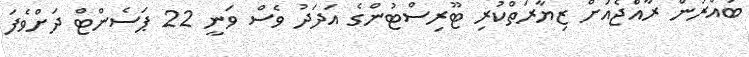
ބައްރުން ރާއްޖެއަށް ޒިޔާރަތްކުރި ޓޫރިސްޓުންގެ އަދަދު ވެސް ވަނީ 22 ޕަސެންޓް ދަށްވެފަ